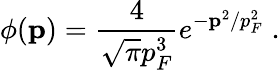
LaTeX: \displaystyle\phi({\mathbf p})=\frac{4}{\sqrt{\pi}p_{F}^{3}}e^{-{\mathbf p}^{2}/p_{F}^{2}}\; .